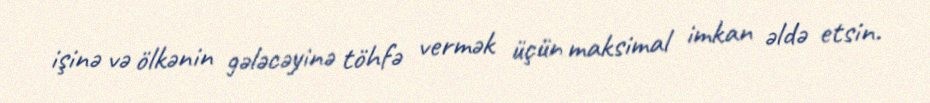
işinə və ölkənin gələcəyinə töhfə vermək üçün maksimal imkan əldə etsin.